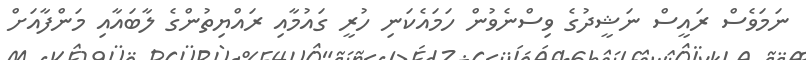
ނަމަވެސް ރައީސް ނަޝީދުގެ ވިސްނެވުން ހަމައެކަނި ހުރީ ގައުމާއި ރައްޔިތުންގެ ލާބައާއި މަންފާއަށް